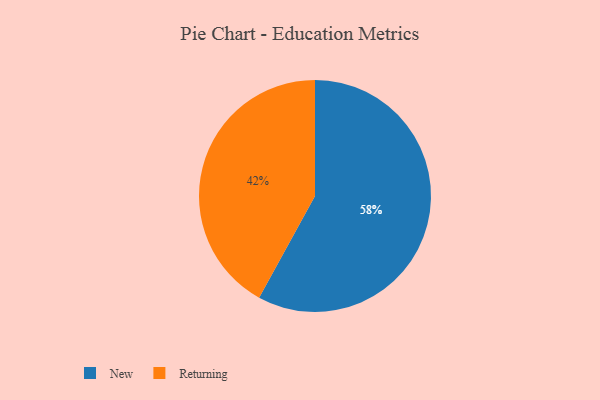
{"axis": {"x": "Category", "y": "Percentage"}, "legend": ["New", "Returning"], "data": [{"x": "New", "y": 58, "type": "New"}, {"x": "Returning", "y": 42, "type": "Returning"}]}